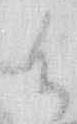
候